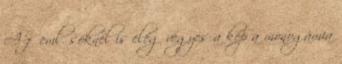
A főemlősöknél is elég vegyes a kép a monogámia